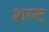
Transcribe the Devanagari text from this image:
शल्ट